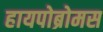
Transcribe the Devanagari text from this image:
हायपोब्रोमस